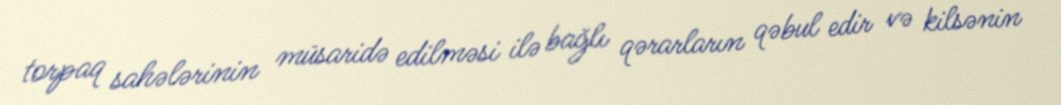
torpaq sahələrinin müsaridə edilməsi ilə bağlı qərarların qəbul edir və kilsənin